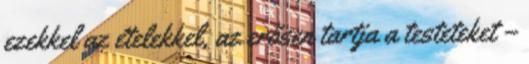
ezekkel az ételekkel, az erősen tartja a testeteket –